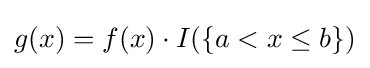
g(x)=f(x)\cdot I(\{a<x\leq b\})